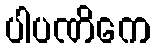
ပါပဏိကေ